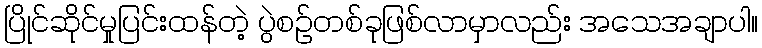
ပြိုင်ဆိုင်မှုပြင်းထန်တဲ့ ပွဲစဥ်တစ်ခုဖြစ်လာမှာလည်း အသေအချာပါ။